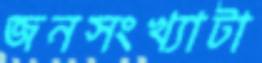
জনসংখ্যাটা